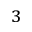
^ { 3 }